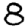
Digit: 8